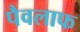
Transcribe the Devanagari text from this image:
पैवलाफ